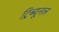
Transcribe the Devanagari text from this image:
ट्रिब्‍यूनल